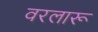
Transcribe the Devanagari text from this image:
वरलारू